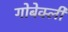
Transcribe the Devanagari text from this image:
गोबेक्ली